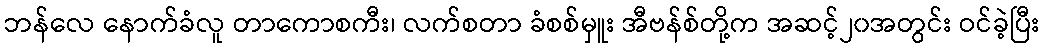
ဘန်လေ နောက်ခံလူ တာကောစကီး၊ လက်စတာ ခံစစ်မှူး အီဗန်စ်တို့က အဆင့်၂၀အတွင်း ဝင်ခဲ့ပြီး